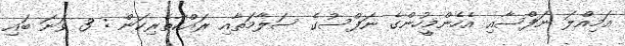
އަމިއްލަ ނަފްސާއި އެހެންމީހުންގެ ނަފްސުގެ ސަލާމަތާއި ރައްކާތެރިކަން : 3 ވަނަ ބައި